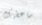
ساعطيك